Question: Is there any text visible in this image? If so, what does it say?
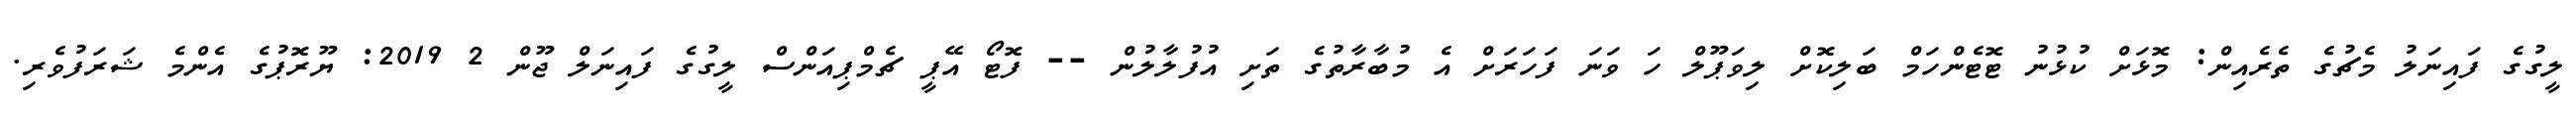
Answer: ލީގުގެ ފައިނަލު މެޗުގެ ތެރެއިން: މޮޅަށް ކުޅުނު ޓޮޓެންހަމް ބަލިކޮށް ލިވަޕޫލް ހަ ވަނަ ފަހަރަށް އެ މުބާރާތުގެ ތަށި އުފުލާލުން -- ފޮޓޯ އޭޕީ ޗެމްޕިއަންސް ލީގުގެ ފައިނަލް ޖޫން 2 2019: ޔޫރޮޕުގެ އެންމެ ޝަރަފުވެރި.